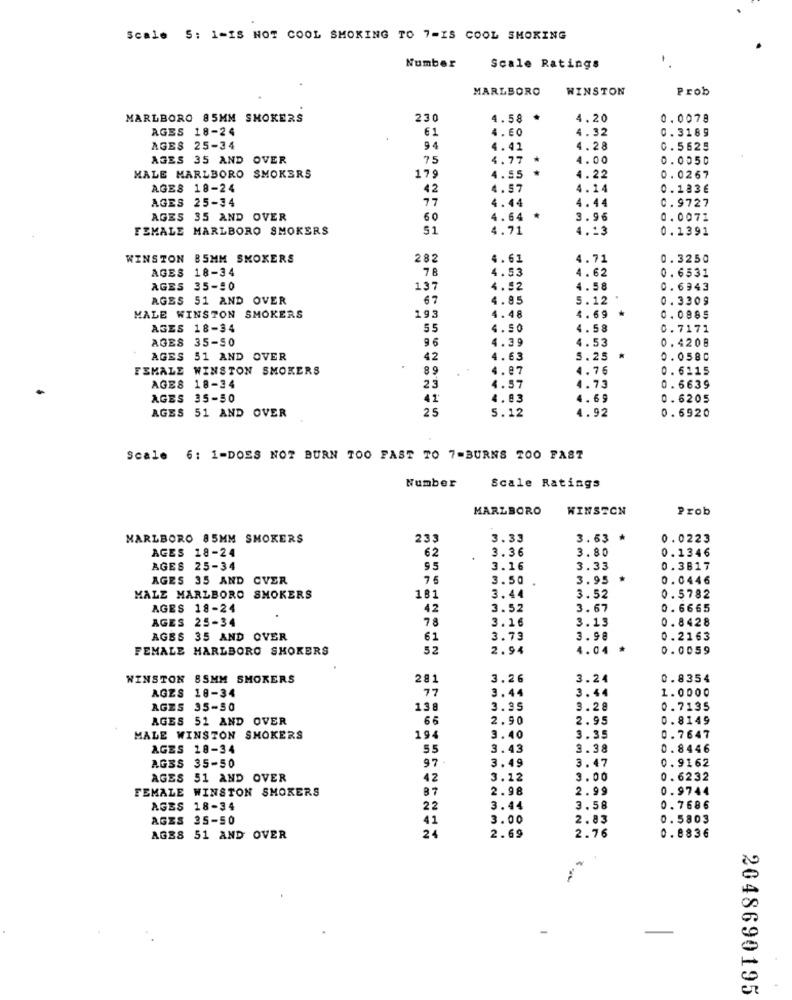
Scale 5: 1-IS NOT COOL SMOKING TO 7-IS COOL SMOKING
Number
Scale Ratings
MARLBORO
WINSTON
Prob
MARLBORO 85MM SMOKERS
230
4.58
4.20
0.0078
AGES 18-24
61
4. 60
4.32
0.3189
AGES 25-34
94
4.41
4.28
C.5625
AGES 35 AND OVER
75
4.77
*
4.00
0.0050
..
MALE MARLBORO SMOKERS
179
4.55
4.22
0.0267
AGES 18-24
42
4.57
4.14
0.183€
AGES 25-34
77
1.44
C.9727
4.44
AGES 35 AND OVER
60
4.64
3.96
0.0071
FEMALE MARLBORO SMOKERS
51
4.71
4.13
0.1391
WINSTON B5MM SMOKERS
282
4.61
4.71
0.3250
AGES 18-34
7 8
4.53
4.62
0.6531
AGES 35-90
137
4.52
4.58
0.6943
AGES 51 AND OVER
67
4.85
5.12
0.3309
MALE WINSTON SMOKERS
193
4.48
4. 69
0.0885
AGES 18-34
55
4.50
4.58
0.7171
AGES 35-50
96
4.39
4.53
0.4208
AGES 51 AND OVER
42
4.63
5.25
0.0580
FEMALE WINSTON SMOKERS
4.87
4.76
0.6115
AGES 18-34
23
4.57
4.73
0.6639
AGES 35-50
41
4.83
4.69
0. 6205
AGES 51 AND OVER
25
5.12
4.92
0.6920
Scale 6: 1-DOES NOT BURN TOO FAST TO 7=BURNS TOO FAST
Number
Scale Ratings
MARLBORO
WINSTON
Prob
MARLBORO 85MM SMOKERS
233
3.33
3. 63
0.0223
AGES 18-24
62
3.36
3.80
0.1346
AGES 25-34
$5
3.16
3.33
0.3817
AGES 35 AND OVER
76
3.50
3.95
0.0446
MALE MARLBORO SMOKERS
181
3.44
3.52
0.5782
AGES 18-24
42
3.52
3.67
0.6665
AGES 25-34
78
3.16
3.13
0.8428
AGBS 35 AND OVER
61
3.73
3.98
0.2163
FEMALE MARLBORO SKOKERS
52
2.94
4.04
*
0.0059
WINSTON SSMM SMOKERS
281
3.26
3.24
0.8354
AGES 18-34
3.44
1.0000
77
3.44
AGES 35-50
138
3.95
3.28
0.7135
AGES 51 AND OVER
66
2.90
2.95
0.8149
MALE WINSTON SMOKERS
19
3.40
3.35
0.7647
AGES 18-34
55
3.43
3.38
0.8446
AGES 35-50
97
3.49
3.47
0.9162
AGES 51 AND OVER
42
3.12
3.00
0.6232
FEMALE WINSTON SMOKERS
87
2.98
2.99
0.9744
AGES 18-34
22
3.44
3.58
0.7686
AGES 25-50
41
3.00
2.83
0.5803
24
AGBS 51 AND OVER
2.69
2.76
0.8836
2048690195